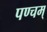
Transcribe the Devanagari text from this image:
पण्चम्